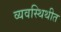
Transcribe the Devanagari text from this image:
व्यवस्थिथीत